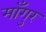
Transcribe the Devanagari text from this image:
माँगुर